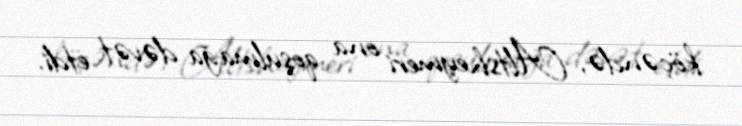
köçəndə, Altsheymeri ona qoşulmağa dəvət etdi.